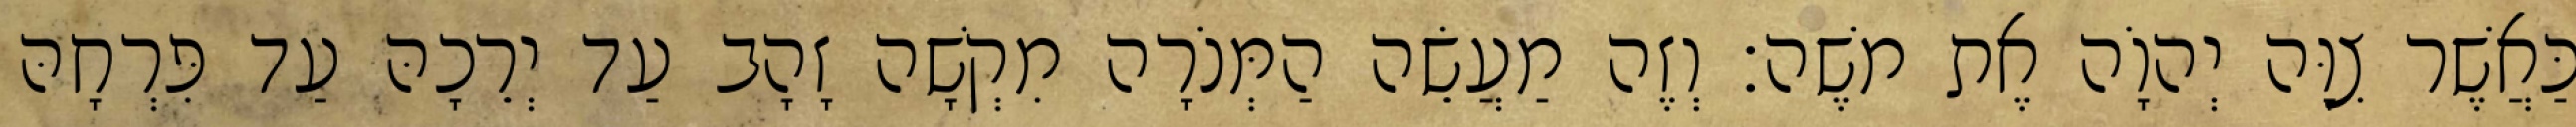
כַּאֲשֶׁר צִוָּה יְהוָֹה אֶת משֶׁה׃ וְזֶה מַעֲשֵׂה הַמְּנֹרָה מִקְשָׁה זָהָב עַד יְרֵכָהּ עַד פִּרְחָהּ